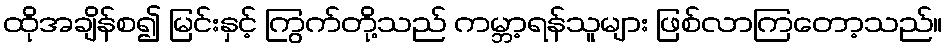
ထိုအချိန်စ၍ မြင်းနှင့် ကြွက်တို့သည် ကမ္ဘာ့ရန်သူများ ဖြစ်လာကြတော့သည်။